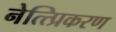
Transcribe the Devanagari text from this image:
नेत्त्प्रिकरण